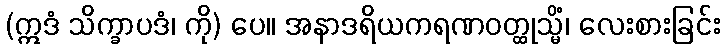
(ဣဒံ သိက္ခာပဒံ၊ ကို) ပေ။ အနာဒရိယကရဏဝတ္ထုသ္မိံ၊ လေးစားခြင်း